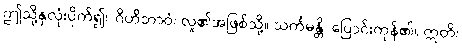
ဤသို့နှလုံးပိုက်၍။ ဂိဟိဘာဝံ၊ လူ၏အဖြစ်သို့။ သင်္ကမန္တိ၊ ပြောင်းကုန်၏။ ဣတိ၊